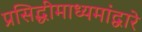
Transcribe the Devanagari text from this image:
प्रसिद्धीमाध्यमांद्वारे